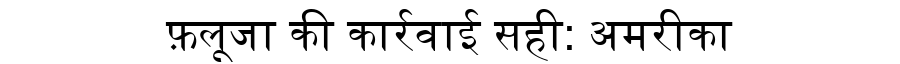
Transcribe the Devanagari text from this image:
फ़लूजा की कार्रवाई सही: अमरीका